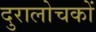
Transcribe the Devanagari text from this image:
दुरालोचकों